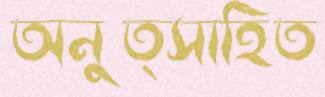
অনুত্সাহিত